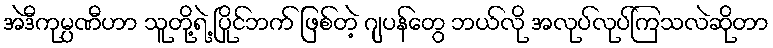
အဲဒီကုမ္ပဏီဟာ သူတို့ရဲ့ ပြိုင်ဘက် ဖြစ်တဲ့ ဂျပန်တွေ ဘယ်လို အလုပ်လုပ်ကြသလဲဆိုတာ